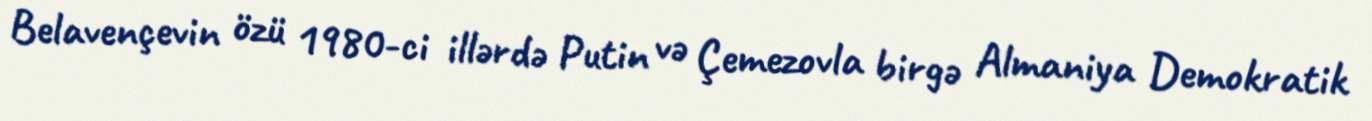
Belavençevin özü 1980-ci illərdə Putin və Çemezovla birgə Almaniya Demokratik